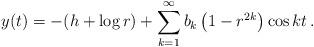
LaTeX: \begin{align*}y (t) = - (h + \log r) + \sum_{k=1}^\infty b_k \left( 1 - r^{2 k} \right) \cos kt \,. \end{align*}